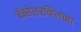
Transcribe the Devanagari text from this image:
चॅन्सेलरव्हिलच्या